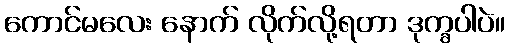
ကောင်မလေး နောက် လိုက်လို့ရတာ ဒုက္ခပါပဲ။